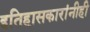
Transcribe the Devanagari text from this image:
इतिहासकारांनीही